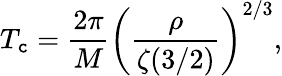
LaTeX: T_{\mathtt{c}}={\frac{{2\pi}}{{M}}}\left({\frac{{\rho}}{{\zeta(3/2)}}}\right)^{2/3},